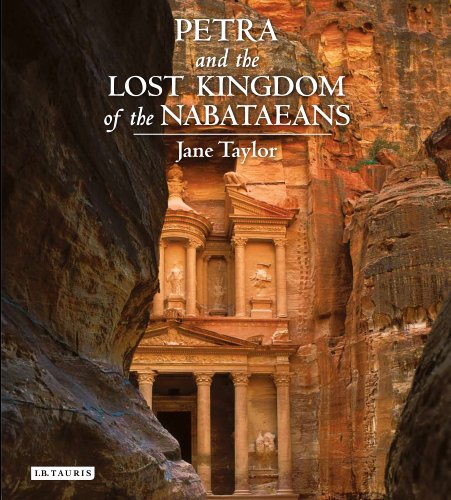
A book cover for Petra and the Lost Kingdom of the Nabataeans; Jane Taylor; History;